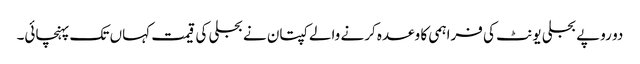
دو روپے بجلی یونٹ کی فراہمی کا وعدہ کرنے والے کپتان نے بجلی کی قیمت کہاں تک پہنچائی۔